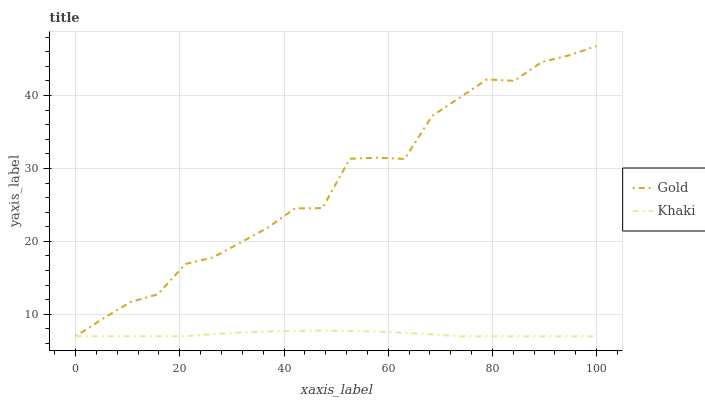
| xaxis_label | Gold | Khaki |
 | --- | --- | --- |
 | 0 | 7 | 7 |
 | 5.26 | 9.42 | 7 |
 | 10.5 | 11.7 | 7 |
 | 15.8 | 12.8 | 7 |
 | 21.1 | 16.9 | 7.01 |
 | 26.3 | 17.8 | 7.29 |
 | 31.6 | 19.8 | 7.5 |
 | 36.8 | 21.9 | 7.65 |
 | 42.1 | 24.5 | 7.74 |
 | 47.4 | 24.6 | 7.77 |
 | 52.6 | 31.3 | 7.73 |
 | 57.9 | 31.5 | 7.64 |
 | 63.2 | 31.3 | 7.48 |
 | 68.4 | 37.2 | 7.25 |
 | 73.7 | 39.7 | 7 |
 | 78.9 | 42.2 | 7 |
 | 84.2 | 42 | 7 |
 | 89.5 | 44.6 | 7 |
 | 94.7 | 45.5 | 7 |
 | 100 | 46.8 | 7 |